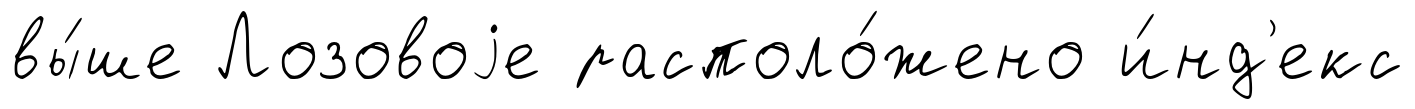
вы́ше Лозовоjе располо́жено и́нд'екс